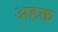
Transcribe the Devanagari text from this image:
अहक्त